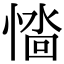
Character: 𢞮